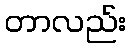
တာလည်း